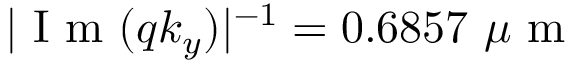
| \mathrm { ~ I ~ m ~ } ( q k _ { y } ) | ^ { - 1 } = 0 . 6 8 5 7 \ \mu \mathrm { ~ m ~ }